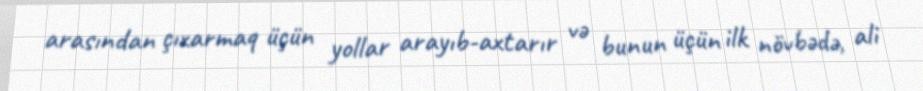
arasından çıxarmaq üçün yollar arayıb-axtarır və bunun üçün ilk növbədə, ali